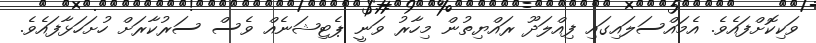
ވަކިކޮށްފައެވެ. އެމައްސަލައިގައި ފިއްލަދޫ ރައްޔިތުން މިހާރު ވަނީ ޕެޓިޝަނެއް ވެސް ސަރުކާރަށް ހުށަހަޅާފައެވެ.